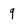
Character: q